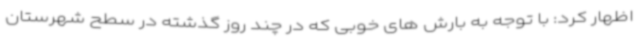
اظهار کرد: با توجه به بارش های خوبی که در چند روز گذشته در سطح شهرستان